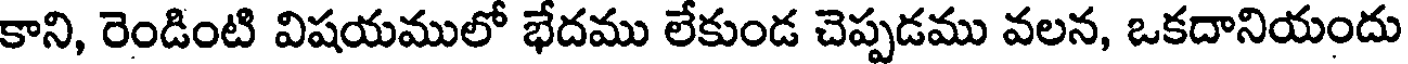
కాని, రెండింటి విషయములో భేదము లేకుండ చెప్పడము వలన, ఒకదానియందు